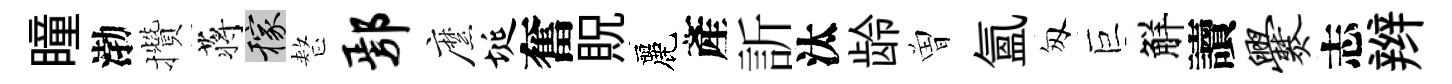
瞳渤攢蒋稼整鄢縻埏奮貺麗產訢汰龄曽氲匆巨觧讀爨志辫